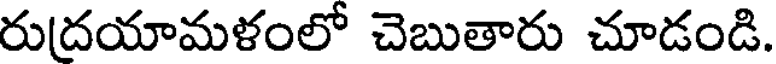
రుద్రయామళంలో చెబుతారు చూడండి.